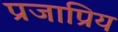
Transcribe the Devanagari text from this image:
प्रजाप्रिय